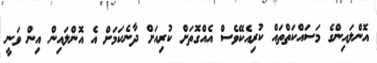
އޮންލައިންގެ މަސައްކަތްތައް ކުރިއެކޭވެސް އެއްގޮތަށް ކުރިއަށް ދާނެކަމަށް އެ އޮންލައިން އިން ވަނީ